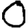
Digit: 0